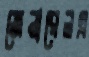
জেনারেলএ